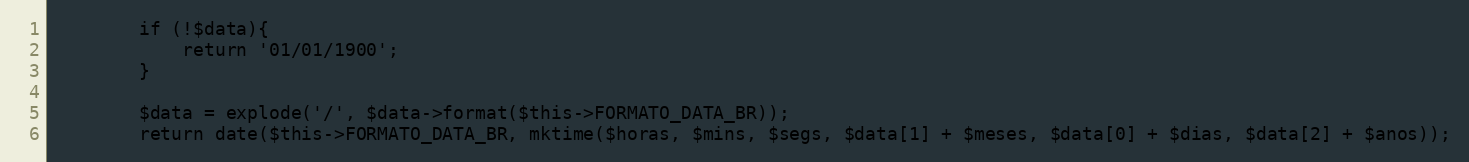
Language: PHP
        if (!$data){
            return '01/01/1900';
        }

        $data = explode('/', $data->format($this->FORMATO_DATA_BR));
        return date($this->FORMATO_DATA_BR, mktime($horas, $mins, $segs, $data[1] + $meses, $data[0] + $dias, $data[2] + $anos));